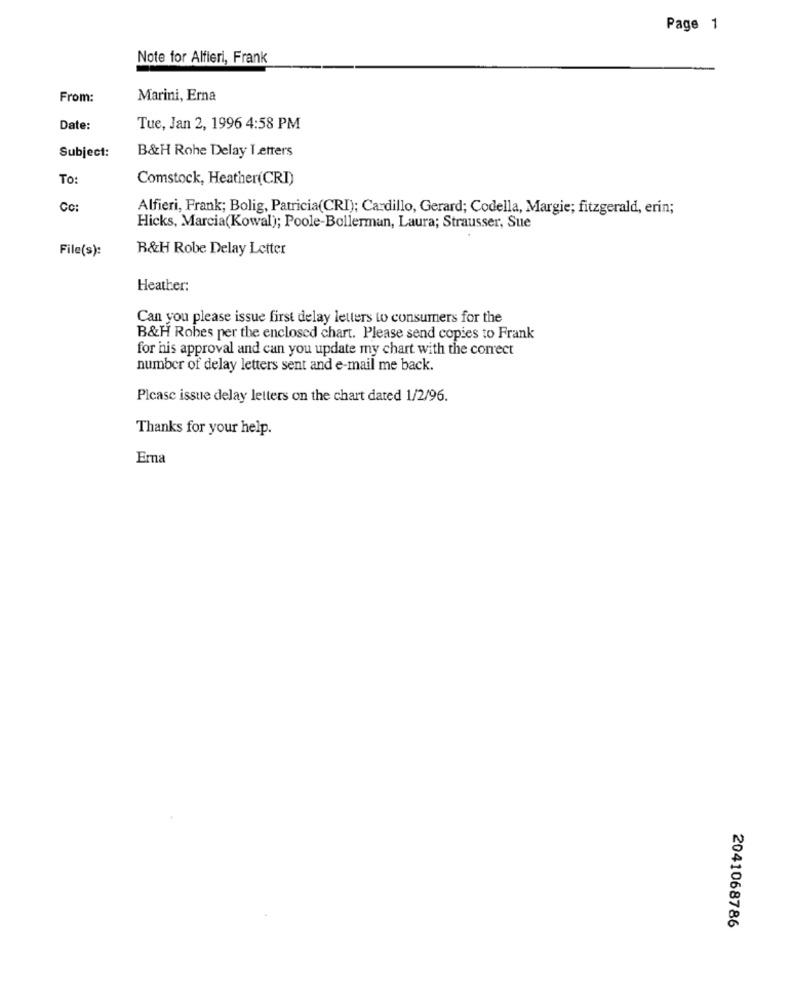
Page 1
Note for Alfieri, Frank
From:
Marini, Erna
Date:
Tue, Jan 2, 1996 4:58 PM
B&H Rohe Delay Letters
Subject:
To:
Comstock, Heather(CRI)
Cc:
Alfieri, Frank; Bolig, Patricia(CRI); Cardillo, Gerard; Codella, Margie; fitzgerald, erin;
Hicks, Marcia(Kowal); Poole-Bollerman, Laura; Strausser, Sue
File(s):
R&H Robe Delay Letter
Heather:
Can you please issue first delay letters to consumers for the
B&H Robes per the enclosed chart. Please send copies to Frank
for his approval and can you update my chart with the correct
number of delay letters sent and e-mail me back.
Plcase issue delay letters on the chart dated 1/2/96.
Thanks for your help.
Emna
2041068786